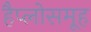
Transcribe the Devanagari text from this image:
हैप्लोसमूह